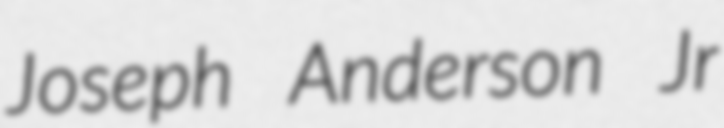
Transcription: Joseph Anderson Jr